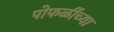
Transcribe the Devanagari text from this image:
पोफळींच्या